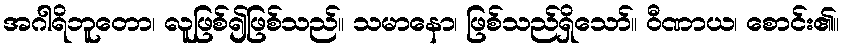
အဂါရိဘူတော၊ လူဖြစ်၍ဖြစ်သည်။ သမာနော၊ ဖြစ်သည်ရှိသော်။ ဝီဏာယ၊ စောင်း၏။